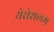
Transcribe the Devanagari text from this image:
येरोशलम